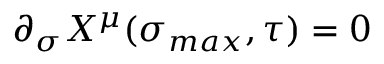
\partial _ { \sigma } X ^ { \mu } ( \sigma _ { m a x } , \tau ) = 0